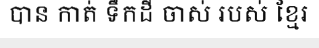
បាន កាត់ ទឹកដី ចាស់ របស់ ខ្មែរ